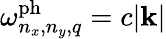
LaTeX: \omega_{n_{x},n_{y},q}^{\mathrm{ph}}=c|\mathbf{k}|